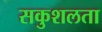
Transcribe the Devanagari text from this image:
सकुशलता